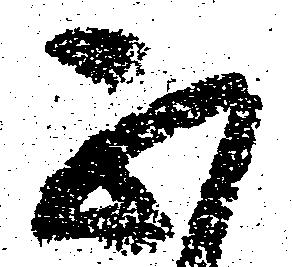
不